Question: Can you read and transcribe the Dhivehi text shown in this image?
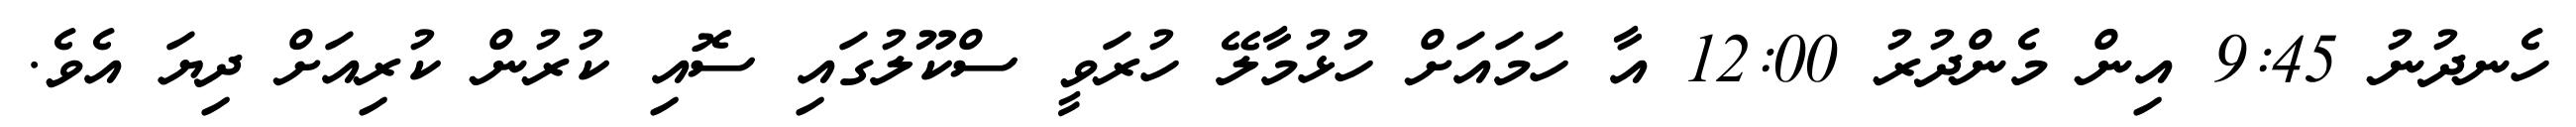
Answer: ހެނދުނު 9:45 އިން މެންދުރު 12:00 އާ ހަމައަށް ހުޅުމާލޭ ހުރަވީ ސްކޫލުގައި ސޮއި ކުރުން ކުރިއަށް ދިޔަ އެވެ.